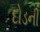
દોડની